Civil Veterinary Dept. North-West Frontier Province 1933-46 - 1933-1946
Year: 1933
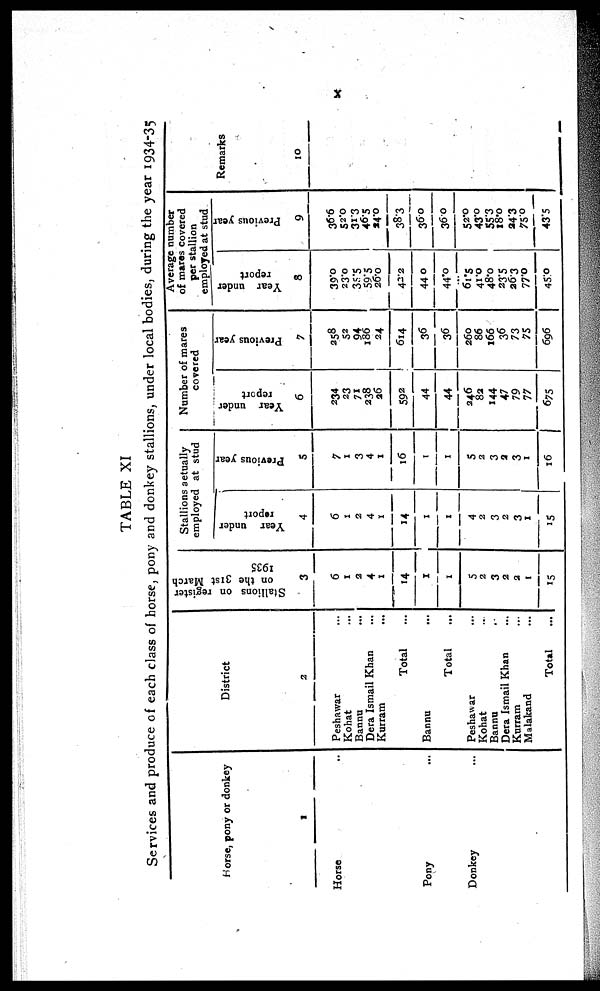
x
TABLE XI
Services and produce of each class of horse, pony and donkey stallions, under local bodies, during the year 1934-35
Horse, pony or donkey
1
Horse ...
Pony ...
Donkey ...
District
2
Peshawar ...
Kohat ...
Bannu ...
Dera Ismail Khan ...
Kurram ...
Total ...
Bannu
...
Total ...
Peshawar ...
Kohat ..
Bannu ..
Dera Ismail Khan ...
Kurram ...
Malakand ...
Total ...
Stallions on register
on the 31st March
1935
3
6
1
2
4
1
14
1
1
5
2
3
2
2
1
15
Stallions actually
employed at stud
Year under
report
4
6
1
2
4
1
14
1
1
4
2
3
2
3
1
15
Previous year
5
7
1
3
4
1
16
1
1
5
2
3
2
3
1
16
Number of mares
covered
Year under
report
6
234
23
71
238
26
592
44
44
246
82
144
47
79
77
675
Previous year
7
258
52
94
186
24
614
36
36
260
86
166
36
73
75
696
Average number
of mares covered
per stallion
employed at stud
Year under
report
8
39.0
23.0
35.5
59.5
26.0
42.2
44.0
44.0
61.5
41.0
48.0
23.5
26.3
77.0
45.0
Previous year
9
36.6
52.0
31.3
46.5
24.0
38.3
36.0
36.0
52.0
43.0
55.3
18.0
24.3
75.0
43.5
Remarks
10